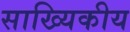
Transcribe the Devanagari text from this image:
साख्यिकीय